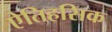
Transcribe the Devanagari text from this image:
एेतिहसिक